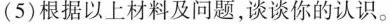
(5)根据以上材料及问题，谈谈你的认识。